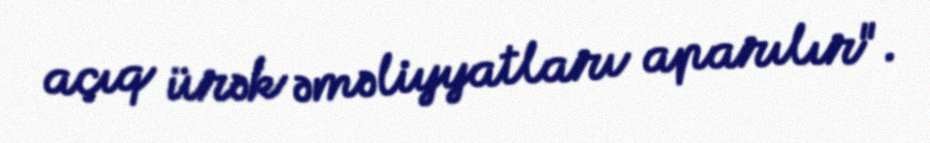
açıq ürək əməliyyatları aparılır".